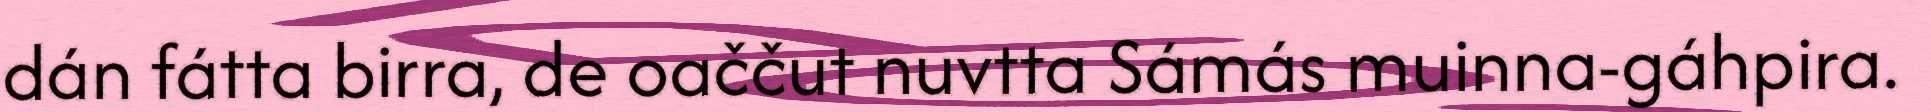
dán fátta birra, de oaččut nuvtta Sámás muinna-gáhpira.